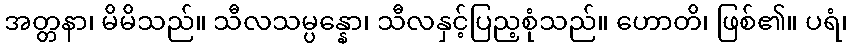
အတ္တနာ၊ မိမိသည်။ သီလသမ္ပန္နော၊ သီလနှင့်ပြည့စုံသည်။ ဟောတိ၊ ဖြစ်၏။ ပရံ၊